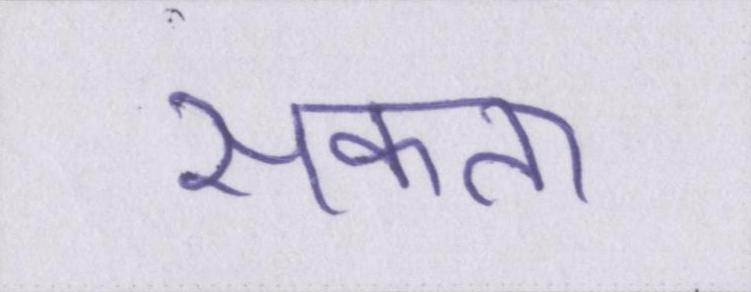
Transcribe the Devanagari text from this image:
सकता